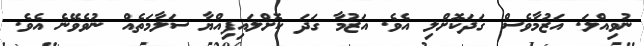
ނުވިއްލަ. އަޒުމާވެސް ގަދަކޮށްލި އެވެ. އަޒުމާ ގަދަ ކޮށްލައިފިއްޔާ ސަލާމަތެއް ނުވެވޭނެ އެވެ.